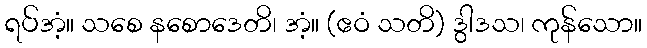
ရပ်အံ့။ သစေ နစောဒေတိ၊ အံ့။ (ဧဝံ သတိ) ဒွါဒသ၊ ကုန်သော။